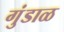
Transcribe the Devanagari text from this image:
गुंडाळ